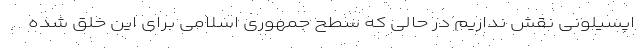
اپسیلونی نقش نداریم در حالی که سطح جمهوری اسلامی برای این خلق شده